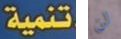
تنمية لن